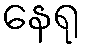
နေရု